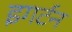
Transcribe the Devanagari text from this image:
इगर्टन